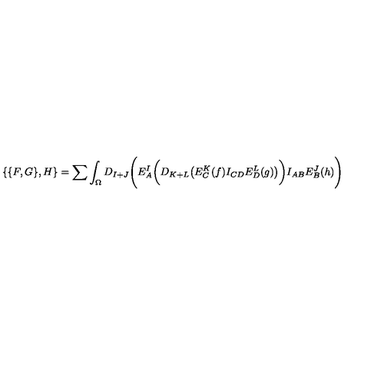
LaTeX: \{ \{ F , G \} , H \} = \sum \int _ { \Omega } D _ { I + J } \Biggl ( E _ { A } ^ { I } \biggl ( D _ { K + L } \bigl ( E _ { C } ^ { K } ( f ) I _ { C D } E _ { D } ^ { L } ( g ) \bigr ) \biggr ) I _ { A B } E _ { B } ^ { J } ( h ) \Biggr )